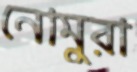
নোমুরা